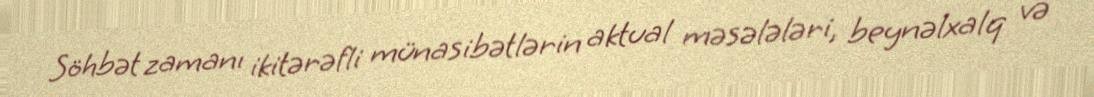
Söhbət zamanı ikitərəfli münasibətlərin aktual məsələləri, beynəlxalq və